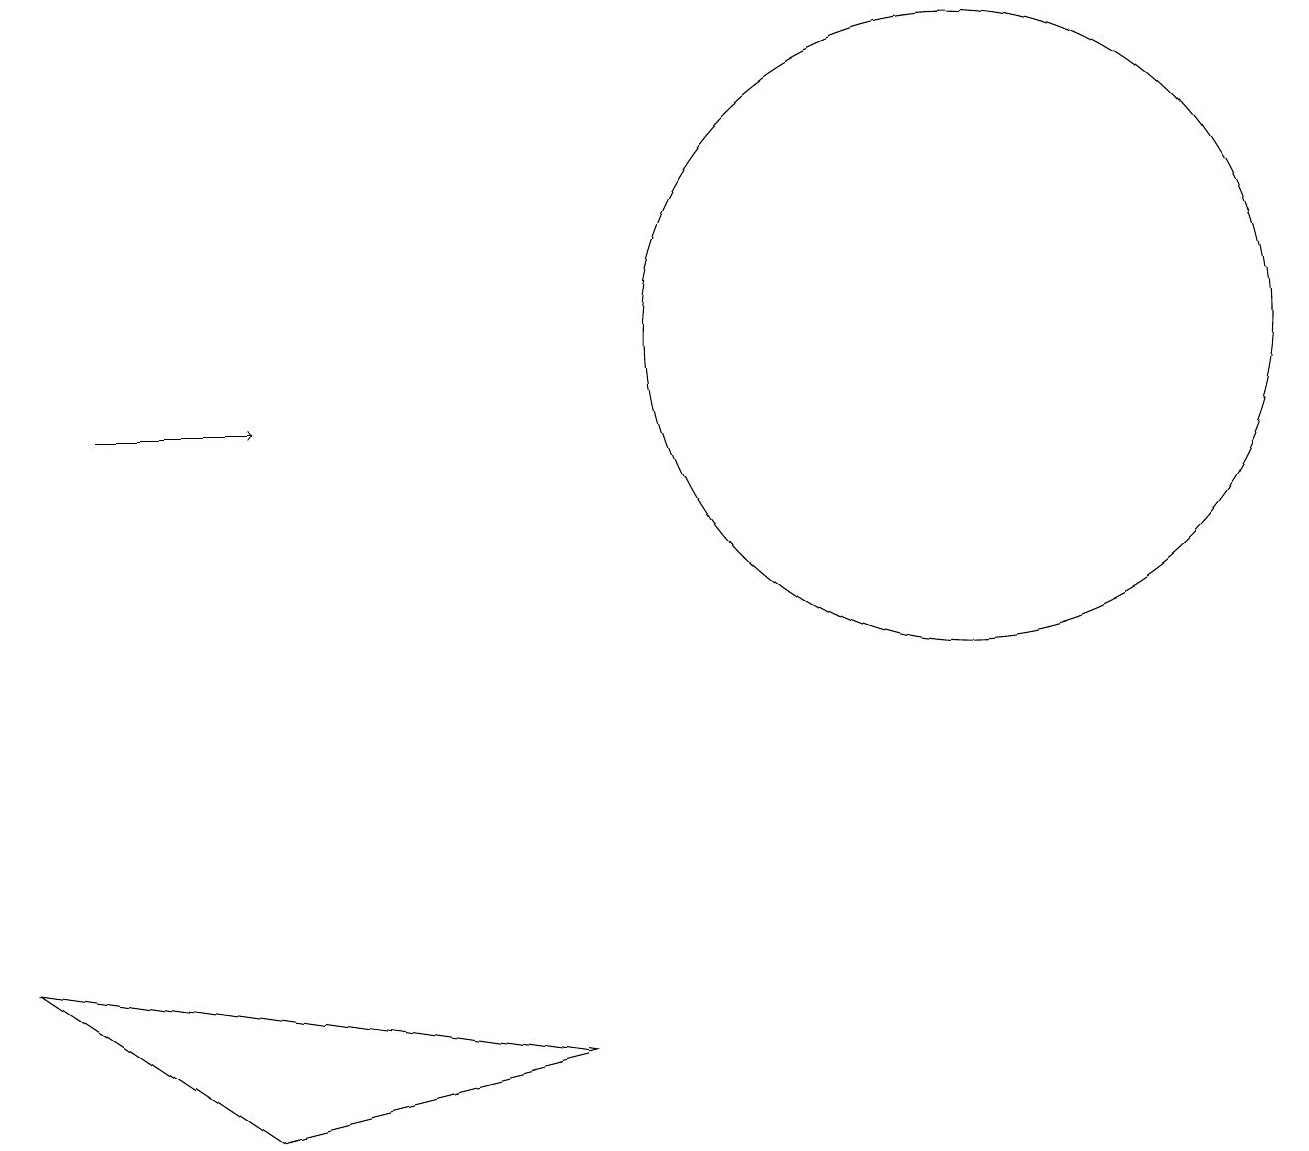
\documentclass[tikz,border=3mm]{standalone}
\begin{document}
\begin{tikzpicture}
\draw (0,3) -- (7,2) -- (3,1) -- cycle;
\draw (12,11) circle (4);
\draw[->] (1,10) -- (3,10);
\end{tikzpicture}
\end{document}